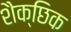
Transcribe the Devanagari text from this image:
शैक्छिक